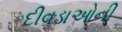
દીવડાઓની